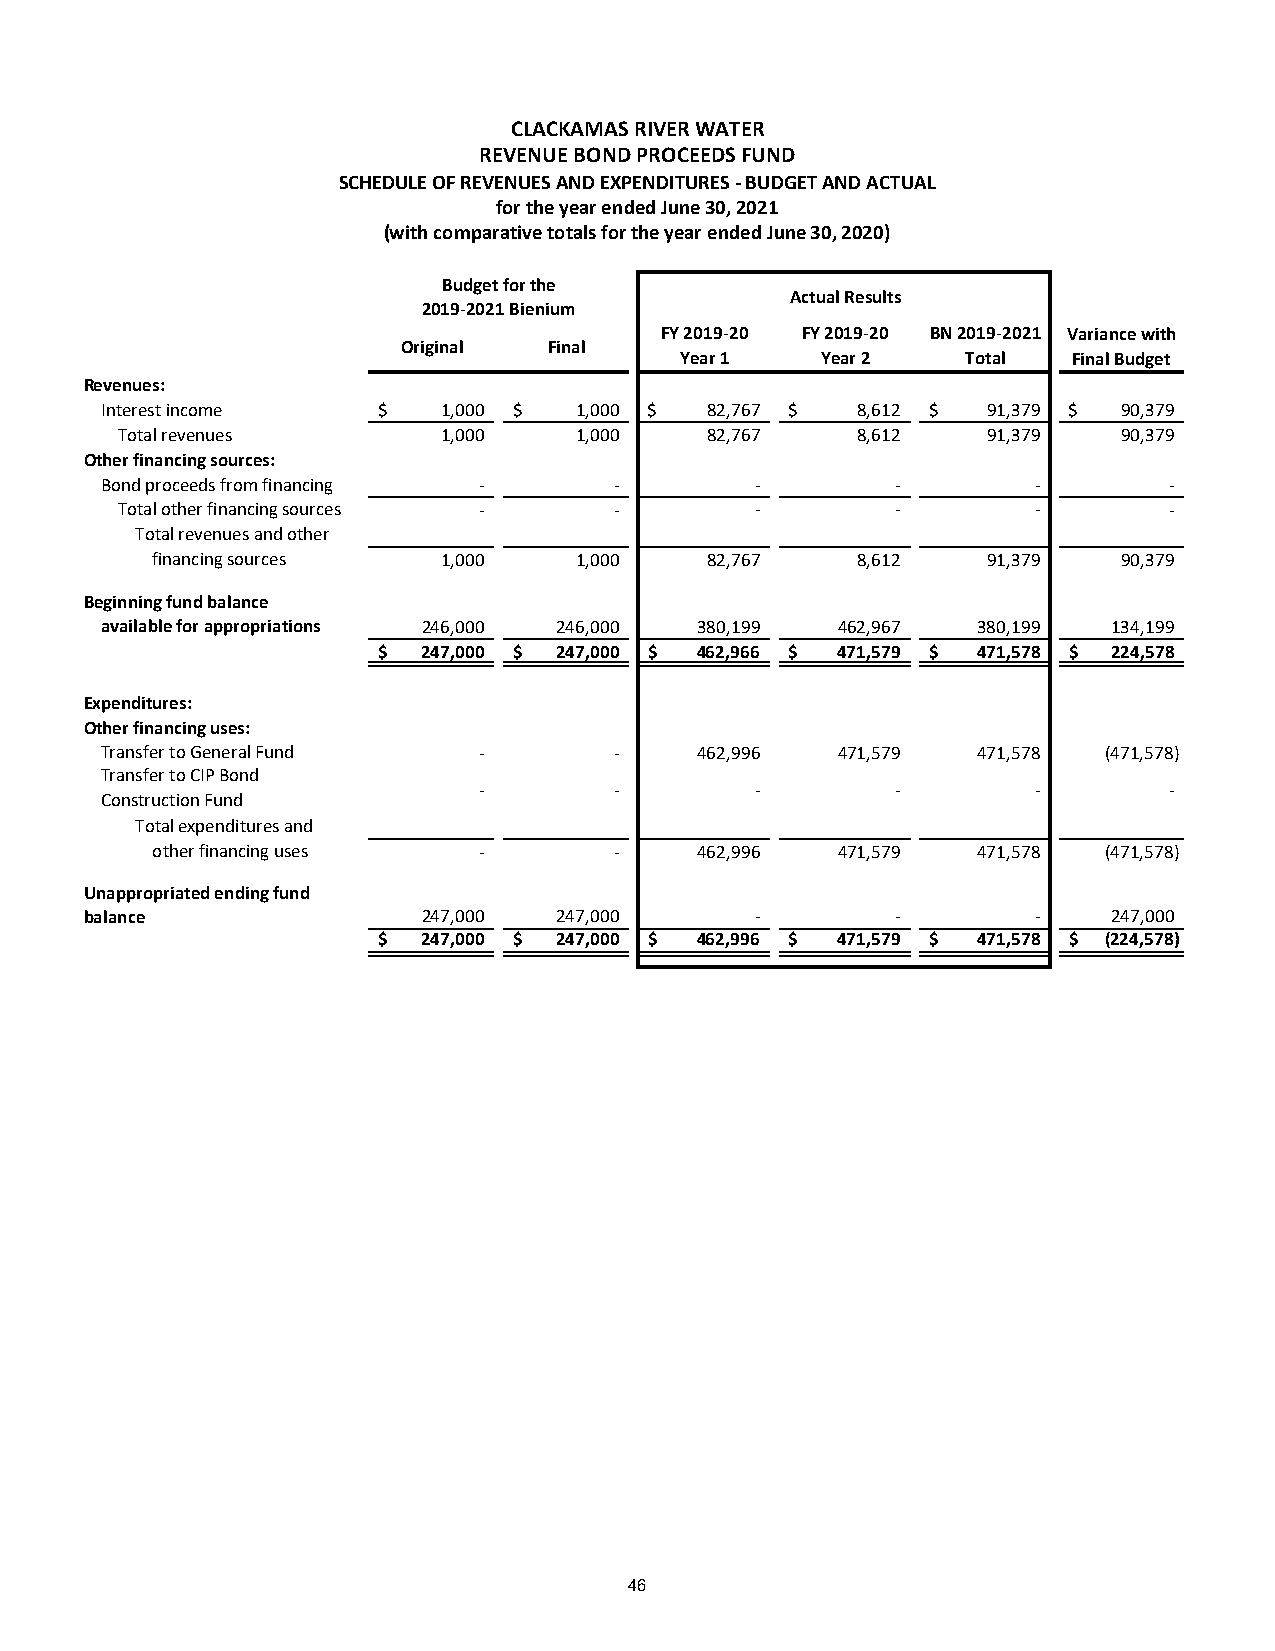
CLACKAMAS RIVER WATER
 REVENUE BOND PROCEEDS FUND
 SCHEDULE OF REVENUES AND EXPENDITURES - BUDGET AND ACTUAL
 for the year ended June 30, 2021
 (with comparative totals for the year ended June 30, 2020)
 Budget for the
 Actual Results
 2019-2021 Bienium
 FY 2019-20 FY 2019-20 BN 2019-2021 Variance with
 Original Final
 Year 1   Year 2    Total  Final Budget
 Revenues:
 Interest income   $   1,000 $  1,000 $  82,767 $  8 ,612 $ 91,379 $ 90,379
 Total revenues       1 ,000   1 ,000   8 2,767   8,612   91,379   90,379
 Other financing sources:
 Bond proceeds from financing -    -        -        -         -       -
 Total other financing sources -  -        -        -         -       -
 Total revenues and other
 financing sources  1 ,000   1 ,000   8 2,767   8,612   91,379   90,379
 Beginning fund balance
 available for appropriations 246,000 246,000 380,199 462,967 380,199 134,199
 $  2 47,000 $ 2 47,000 $ 462,966 $ 471,579 $ 4 71,578 $ 224,578
 Expenditures:
 Other financing uses:
 Transfer to General Fund -        -    462,996  471,579   471,578 (471,578)
 Transfer to CIP Bond
 -        -        -        -         -       -
 Construction Fund
 Total expenditures and
 other financing uses  -        -    462,996  471,579   471,578 (471,578)
 Unappropriated ending fund
 balance               247,000  247,000      -        -         -    247,000
 $  2 47,000 $ 2 47,000 $ 462,996 $ 471,579 $ 4 71,578 $ (224,578)
 46